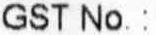
GST NO.: